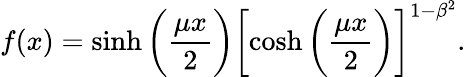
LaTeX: f(x)=\sinh{\biggl(\frac{\mu x}{2}\biggr)}\biggl[\cosh{\biggl(\frac{\mu x}{2}\biggr)}\biggr]^{1-\beta^{2}}.